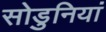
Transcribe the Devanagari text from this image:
सोडुनियां